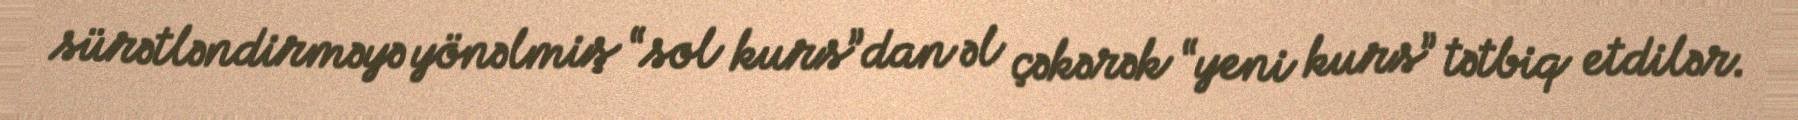
sürətləndirməyə yönəlmiş “sol kurs”dan əl çəkərək “yeni kurs” tətbiq etdilər.